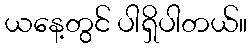
ယနေ့တွင် ပါရှိပါတယ်။